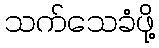
သက်သေခံဖို့